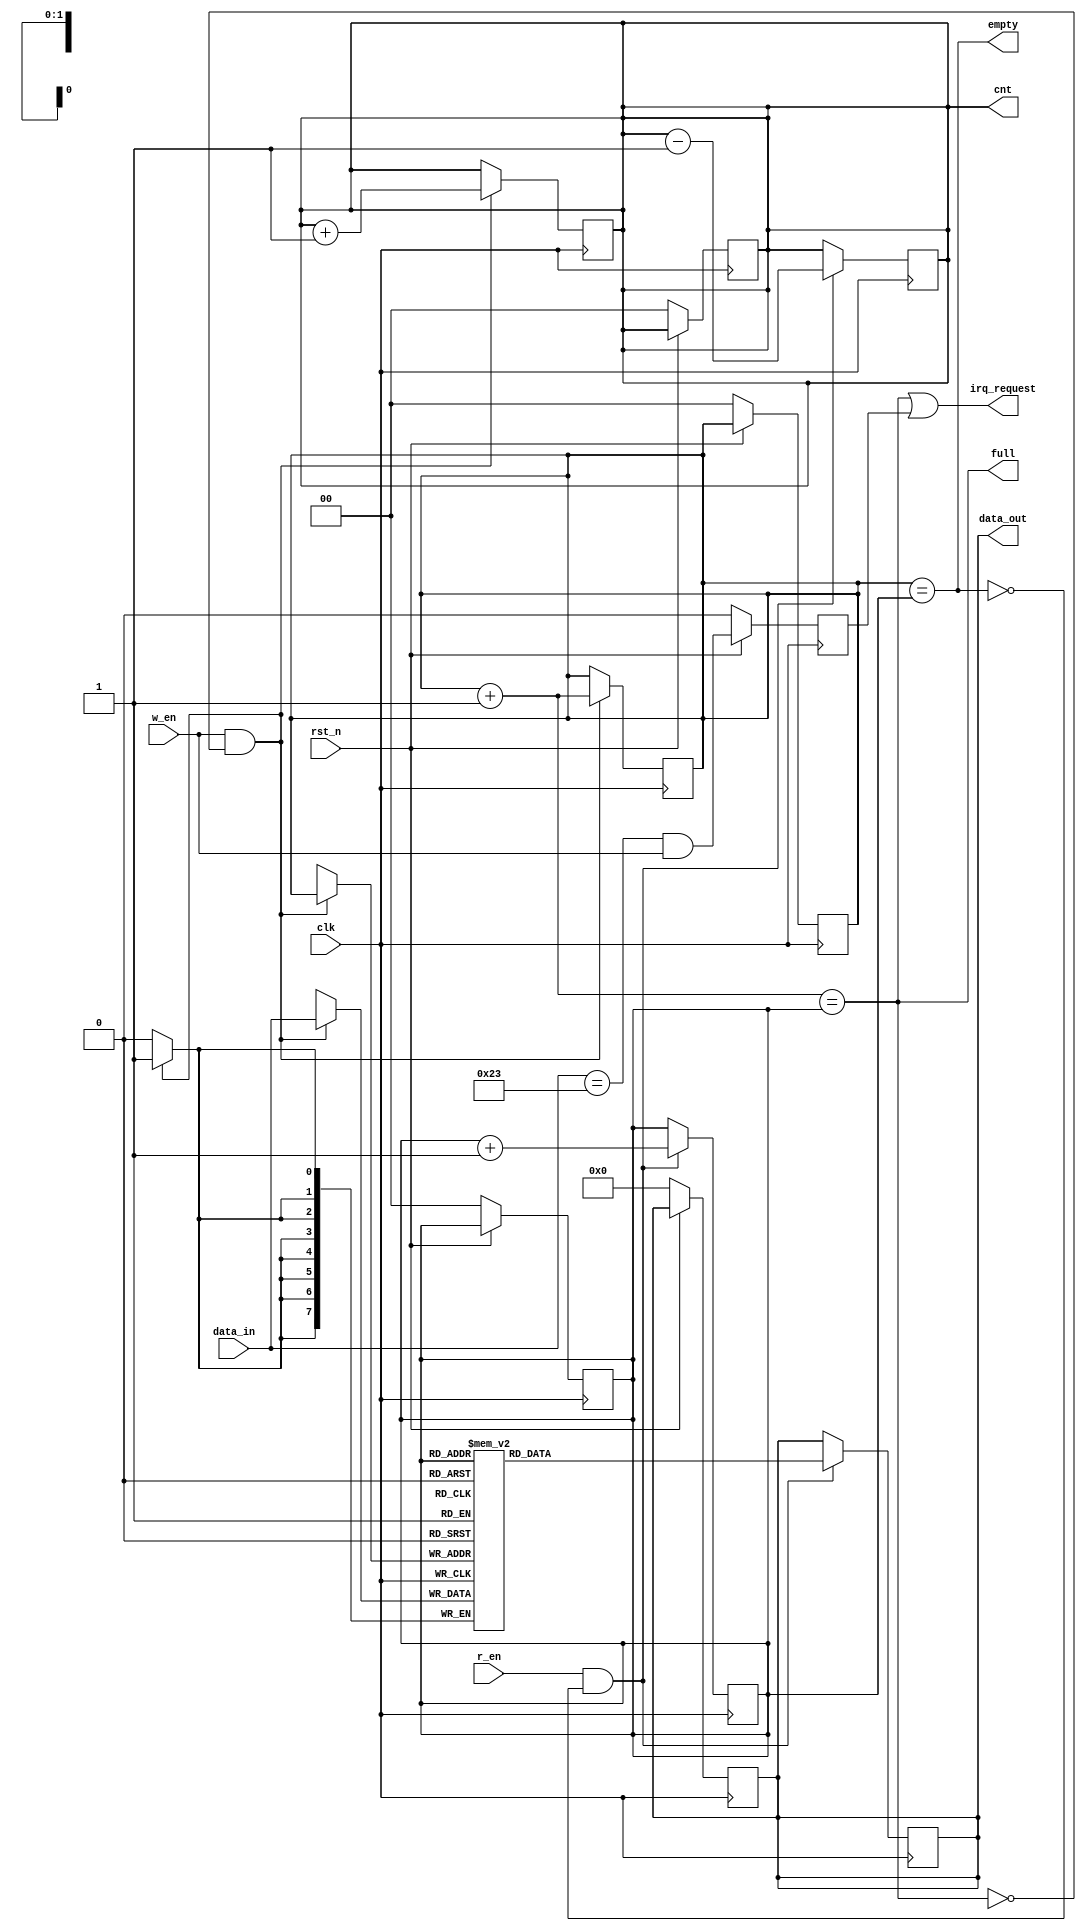
module uart_fifo #(
  parameter DEPTH=4, DATA_WIDTH=8) 
(
  input rst_n,
  input clk,
  input w_en, r_en,
  input [DATA_WIDTH-1:0] data_in,
  output reg [DATA_WIDTH-1:0] data_out,
  output full, empty, irq_request,
  output reg [$clog2(DEPTH)-1:0] cnt
);
  
  reg [$clog2(DEPTH)-1:0] w_ptr, r_ptr;
  reg [DATA_WIDTH-1:0] fifo[(DEPTH)-1:0];
  reg irq_request_d;
  
  // Set Default values on reset.
  always@(posedge clk) begin
    if(!rst_n) begin
      w_ptr <= 0; r_ptr <= 0;
      data_out <= 0; cnt <= 0;
    end
  end
  
  // To write data to FIFO
  always@(posedge clk) begin
    if(w_en & !full)begin
      fifo[w_ptr] <= data_in;
      w_ptr <= w_ptr + 1;
      cnt <= cnt + 1;
      
    end
  end

  // always@(*)begin
  //   $display("data_cnt: %d", cnt);
  // end
  
  // To read data from FIFO
  always@(posedge clk) begin
    if(r_en & !empty) begin
      data_out <= fifo[r_ptr];
      r_ptr <= r_ptr + 1;
      cnt <= cnt - 1;
      // $display("read data: %d", fifo[r_ptr]);
    end
  end

  // always@(posedge clk)begin
  //   irq_request_d <= irq_request;
  // end

  wire special_data;
  reg special_data_d;
  
  assign special_data = ((data_in == 8'd35) & w_en); // special char == '#'

  always@(posedge clk)begin
    if(!rst_n)begin
      special_data_d <= 0;
    end else begin
      special_data_d <= special_data;
    end
  end

  assign full = ((w_ptr+1'b1) == r_ptr);
  assign empty = (w_ptr == r_ptr);
  
  assign irq_request = full || special_data_d;
  
endmodule